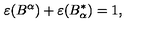
\varepsilon ( B ^ { \alpha } ) + \varepsilon ( B _ { \alpha } ^ { \ast } ) = 1 ,